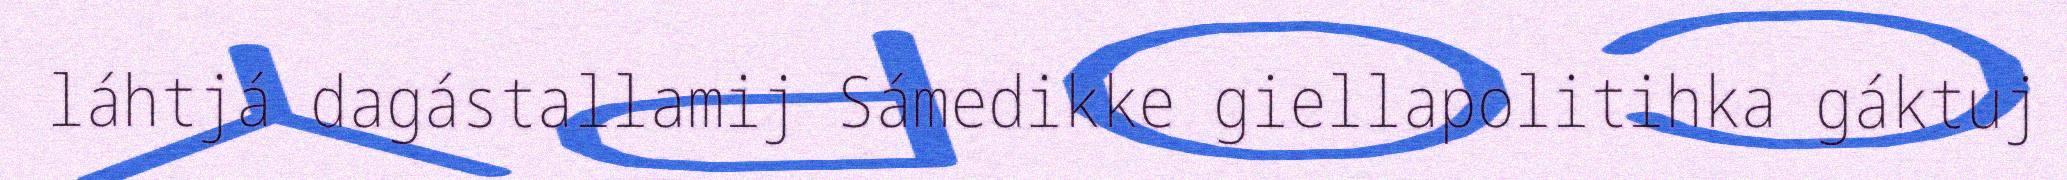
láhtjá dagástallamij Sámedikke giellapolitihka gáktuj